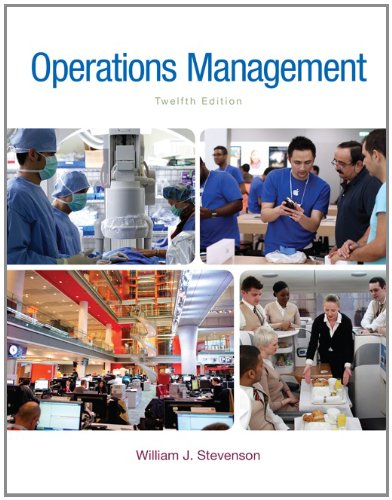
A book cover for Operations Management (McGraw-Hill Series in Operations and Decision Sciences); William J Stevenson; Business & Money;